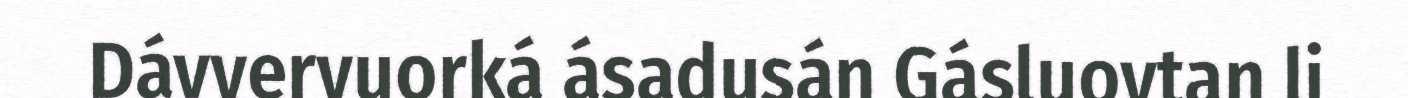
Dávvervuorká ásadusán Gásluovtan li